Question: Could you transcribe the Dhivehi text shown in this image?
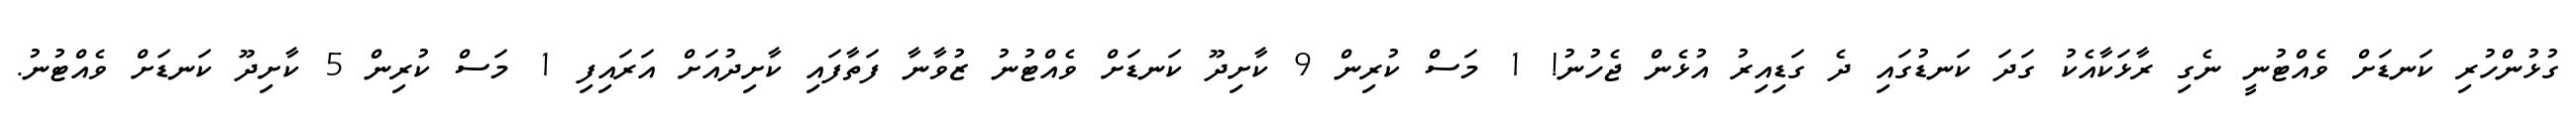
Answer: ގުޅުންހުރި ކަނޑަށް ވެއްޓުނީ ނެގި ރާޅަކާއެކު ގަދަ ކަނޑުގައި ދެ ގަޑިއިރު އުޅެން ޖެހުނު! 1 މަސް ކުރިން 9 ކާށިދޫ ކަނޑަށް ވެއްޓުނު ޒުވާނާ ފަތާފައި ކާށިދުއަށް އަރައިފި 1 މަސް ކުރިން 5 ކާށިދޫ ކަނޑަށް ވެއްޓުނު.